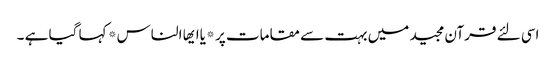
اسی لئے قرآن مجید میں بہت سے مقامات پر *یاایھا الناس* کہا گیا ہے ۔